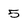
Character: 5